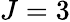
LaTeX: J=3